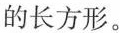
的长方形。